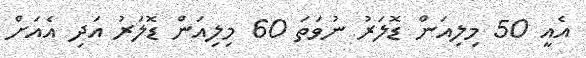
އެއީ 50 މިލިއަން ޑޮލަރު ނުވަތަ 60 މިލިއަން ޑޮލަރު އަދި އެއަށް